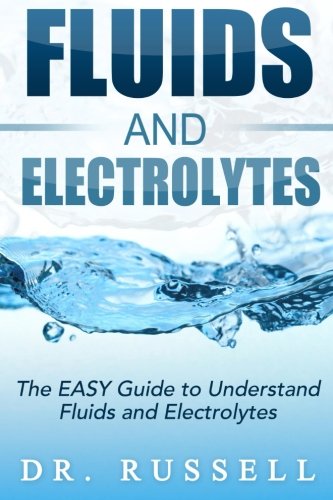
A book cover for Fluids and Electrolytes - The EASY Guide to Understand Fluids and Electrolytes!: Basic + Advanced concepts made incredibly easy!!; Dr. Russell; Reference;